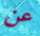
عن